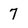
Character: 7